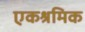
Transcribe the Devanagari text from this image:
एकश्रमिक